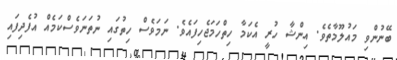
ބޭނުންވި މައުލޫމާތެވެ. އިންޝާ ހުރީ އެކަމާ ހިތްހަމަޖެހިފައެވެ. ނަމަވެސް ހިތުގައި ނުތަނަވެސްކަމެއް އުފެދިފައި